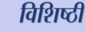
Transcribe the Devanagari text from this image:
विशिष्ठी